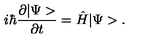
i \hbar \frac { \partial | \Psi > } { \partial t } = \hat { H } | \Psi > .